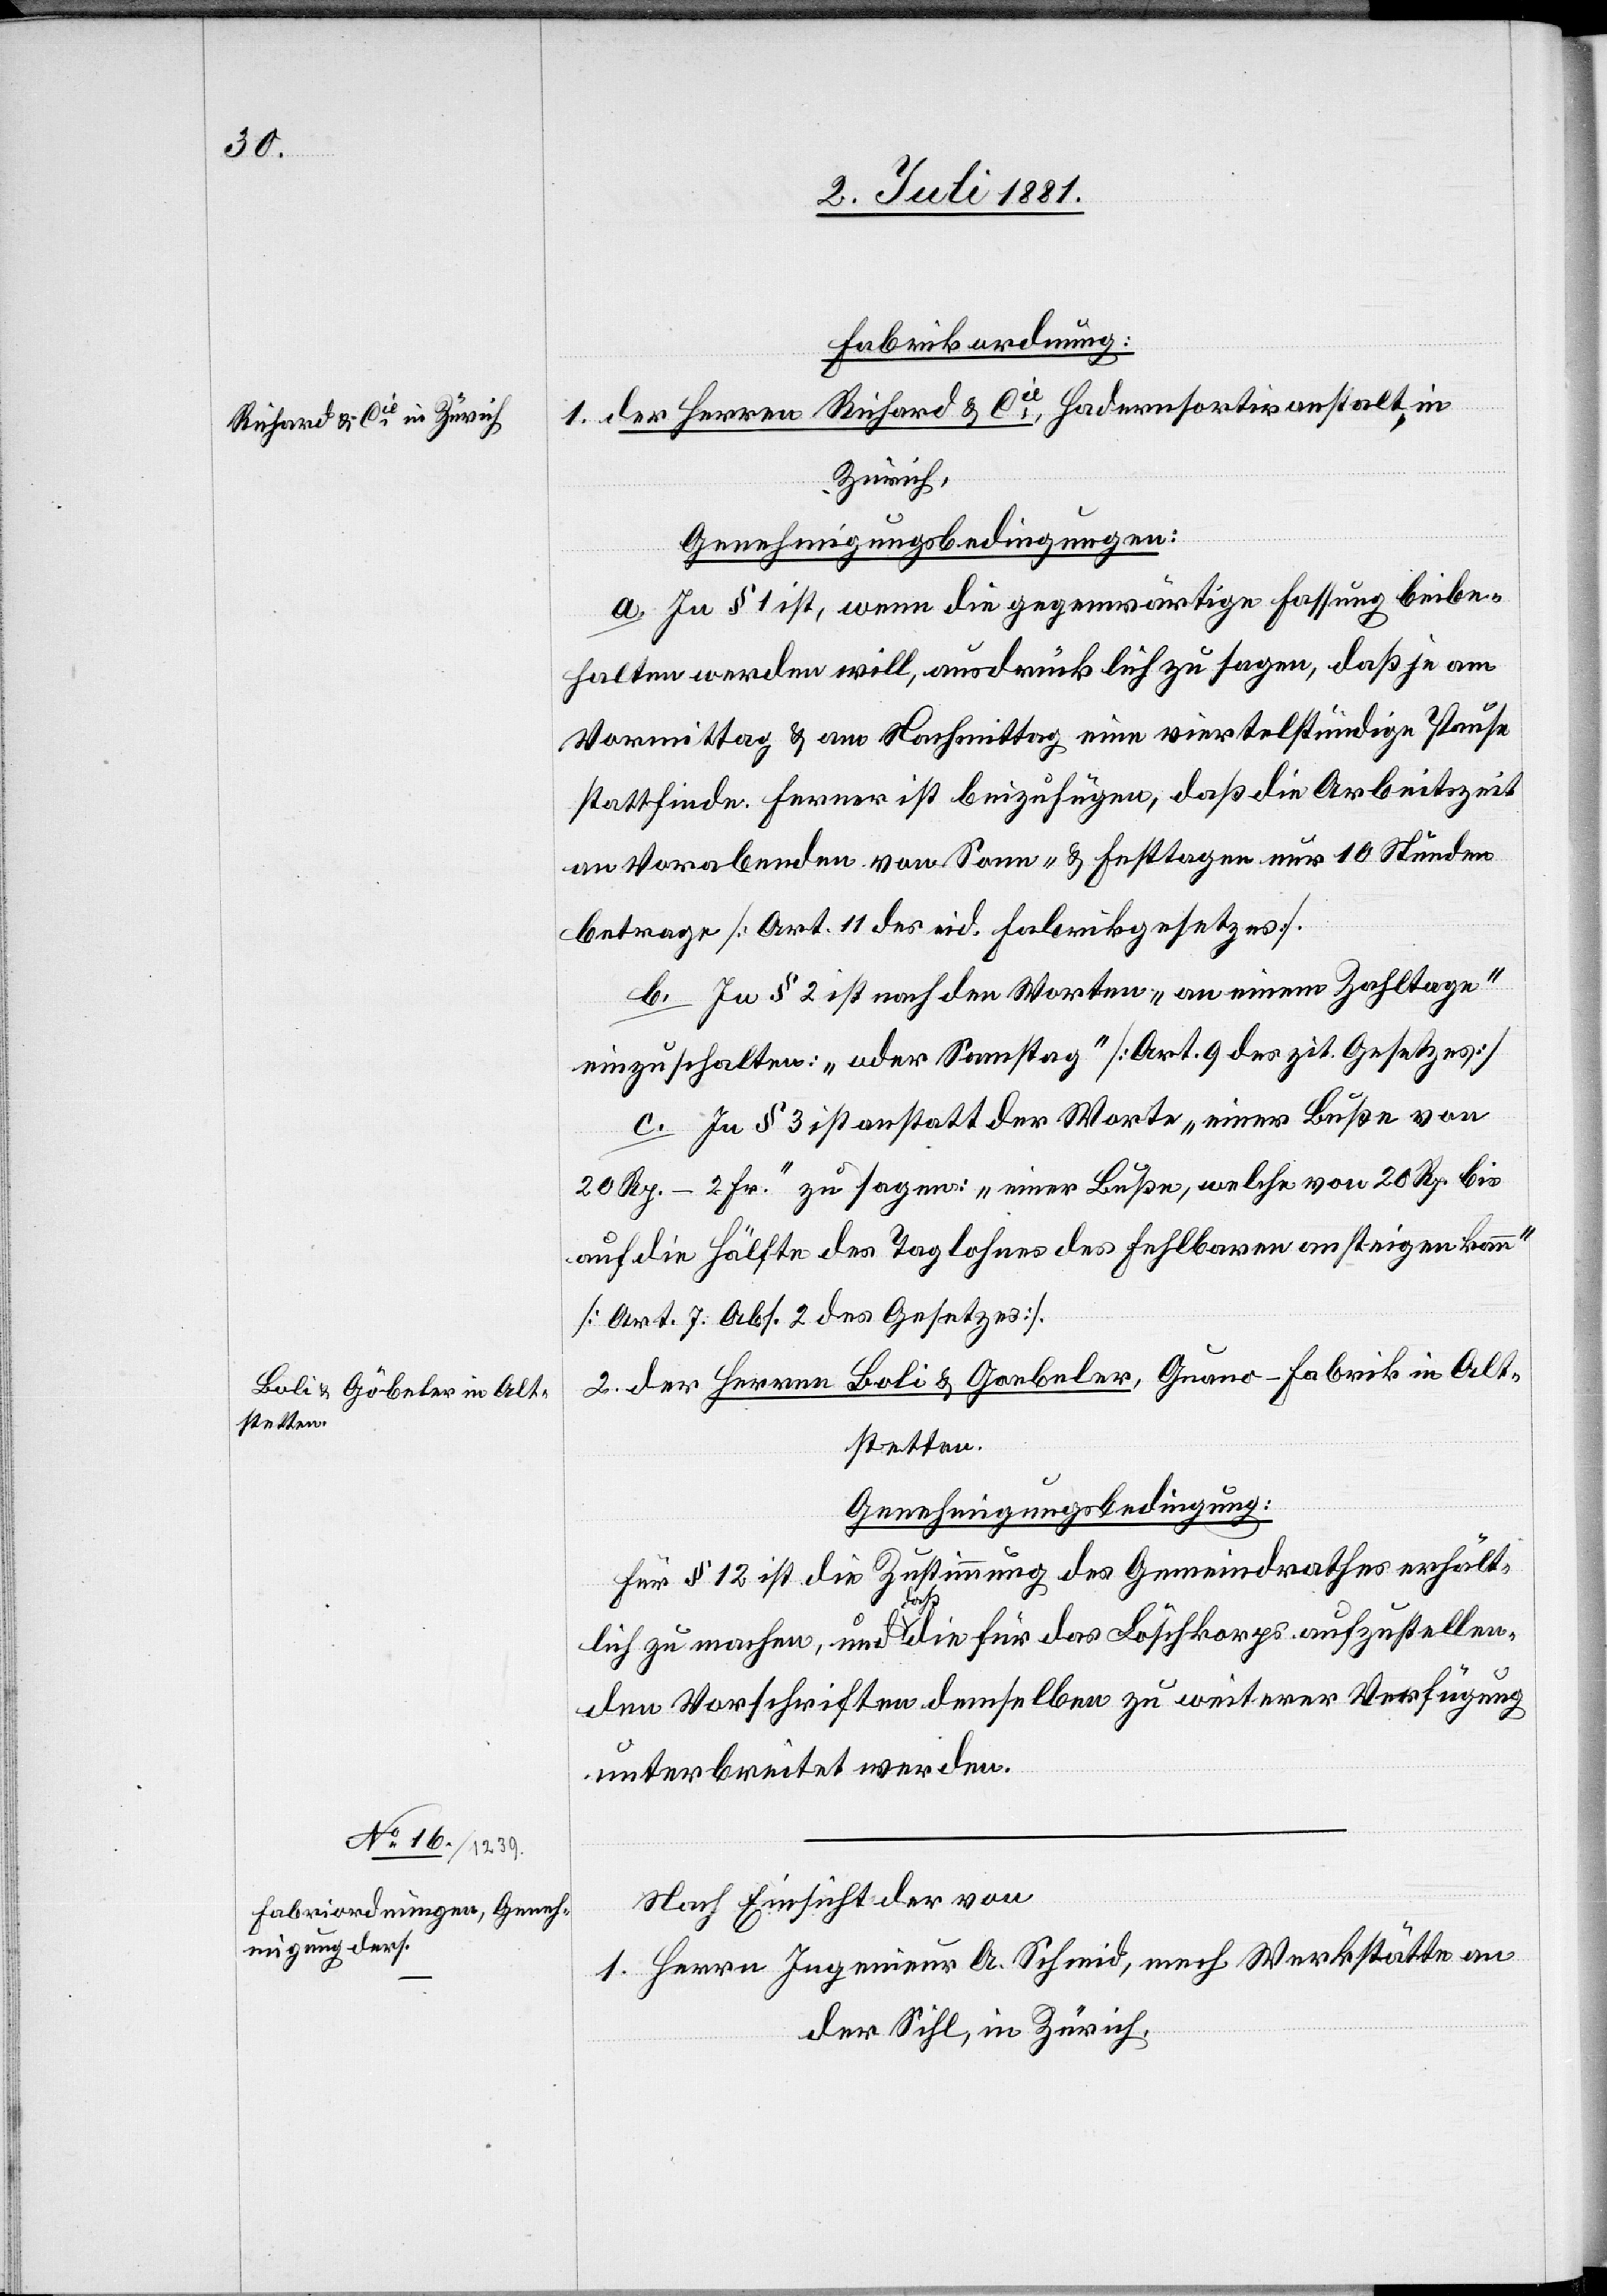
Fabrikordnung:
1. der Herren Richard & Cie., Hadernsortiranstalt, in
Zürich,
Genehmigungsbedingungen:
a. In § 1 ist, wenn die gegenwärtige Fassung beibe¬
halten werden will, ausdrücklich zu sagen, daß je am
Vormittag & am Nachmittag eine viertelstündige Pause
stattfinde. Ferner ist beizufügen, daß die Arbeitszeit
an Vorabenden von Sonn- & Festtagen nur 10 Stunden
betrage [Art. 11 des eid. Fabrikgesetzes].
b. In § 2 ist nach den Worten „an einem Zahltage“
einzuschalten: „oder Samstag“ [Art. 9 des zit. Gesetzes]
c. In § 3 ist anstatt der Worte „einer Buße von
20 Rp.–2 Fr.“ zu sagen: „einer Buße, welche von 20 Rp. bis
auf die Hälfte des Taglohnes des Fehlbaren ansteigen kann“
[Art. 7 Abs. 2 des Gesetzes].
2. der Herren Boli & Goebeler, Guano-Fabrik in Alt¬
stetten.
Genehmigungsbedingung:
Für § 12 ist die Zustimmung des Gemeindrathes erhält¬
lich zu machen, und daß die für das Löschkorps aufzustellen¬
den Vorschriften demselben zu weiterer Verfügung
unterbreitet werden.
Nach Einsicht der von
1. Herrn Ingenieur A. Schmid, mech. Werkstätte an
der Sihl, in Zürich.